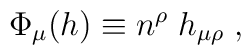
\Phi_{\mu}(h) \equiv n^{\rho} \; h_{\mu \rho} \; ,